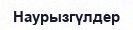
Наурызгүлдер